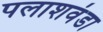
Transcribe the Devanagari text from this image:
पलाशवंडा